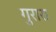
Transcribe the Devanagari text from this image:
गुरारा